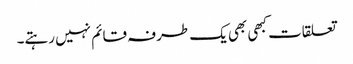
تعلقات کبھی بھی یک طرفہ قائم نہیں رہتے۔